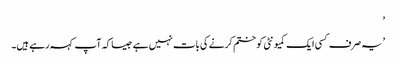
’
’یہ صرف کسی ایک کمیونٹی کو ختم کرنے کی بات نہیں ہے جیسا کہ آپ کہہ رہے ہیں۔